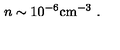
n \sim 1 0 ^ { - 6 } \mathrm { c m ^ { - 3 } } \ .